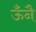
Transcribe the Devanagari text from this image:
ऊँनै